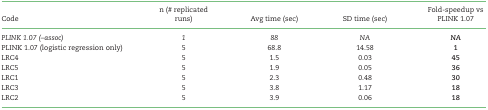
| Code | n (# replicated runs) | Avg time (sec) | SD time (sec) | Fold-speedup vs PLINK 1.07 |
 | --- | --- | --- | --- | --- |
 | PLINK 1.07 (–assoc) | 1 | 88 | NA | NA |
 | PLINK 1.07 (logistic regression only) | 5 | 68.8 | 14.58 | 1 |
 | LRC4 | 5 | 1.5 | 0.03 | 45 |
 | LRC5 | 5 | 1.9 | 0.05 | 36 |
 | LRC1 | 5 | 2.3 | 0.48 | 30 |
 | LRC3 | 5 | 3.8 | 1.17 | 18 |
 | LRC2 | 5 | 3.9 | 0.06 | 18 |